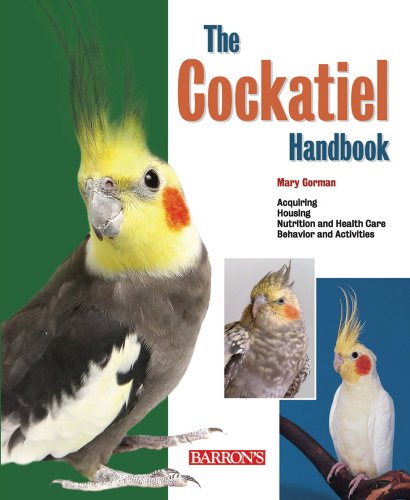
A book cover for The Cockatiel Handbook (Barron's Pet Handbooks); Mary Gorman; Crafts, Hobbies & Home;